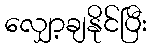
လျှော့ချနိုင်ပြီး